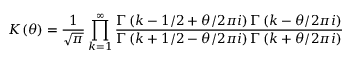
K ( \theta ) = \frac { 1 } { \sqrt { \pi } } \prod _ { k = 1 } ^ { \infty } \frac { \Gamma \left( k - 1 / 2 + \theta / 2 \pi i \right) \Gamma \left( k - \theta / 2 \pi i \right) } { \Gamma \left( k + 1 / 2 - \theta / 2 \pi i \right) \Gamma \left( k + \theta / 2 \pi i \right) }